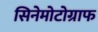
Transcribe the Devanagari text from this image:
सिनेमोटोग्राफ